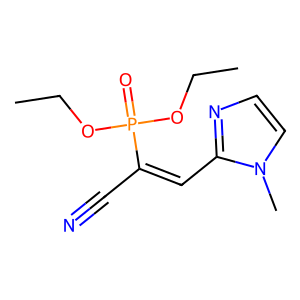
SMILES: CCOP(=O)(OCC)C(C#N)=Cc1nccn1C
Inhibits HIV replication: No